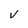
Character: V